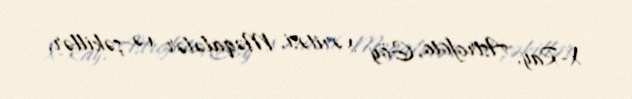
X-Ray, Astrofoto, Göy xəritəsi, Məqalələr və şəkillər.